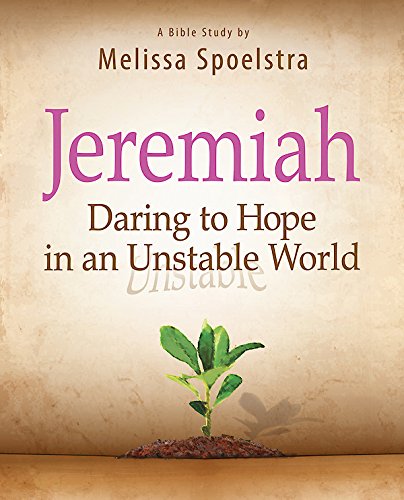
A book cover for Jeremiah - Women's Bible Study Participant Book: Daring to Hope in an Unstable World; Melissa Spoelstra; Christian Books & Bibles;